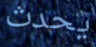
يحدث